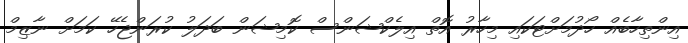
އިންތިހާބެއް ހޯދުމަށްޓަކައި މިހާރު އޮތް އިލެކްޝަންސް ކޮމިޝަން ބަދަލު ކުރަންޖެހޭ ކަމަށް ނާޒިމް